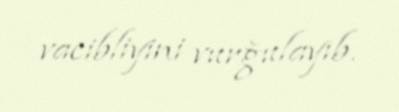
vacibliyini vurğulayıb.